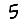
Digit: 5